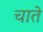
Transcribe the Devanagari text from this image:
चाते